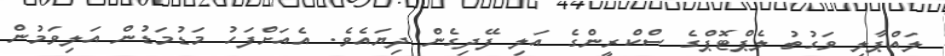
ލައްޕާލި ވަގުތު ލެޕްޓޮޕްގެ ސްކްރީންގެ އަލި ފޭދިގެން ދިޔައެވެ. އެއަށްފަހު މަޑުމަޑުން އަލިވަމުން